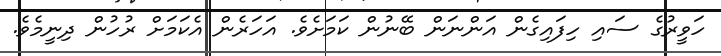
ހަވީރުގެ ސައި ހިފައިގެން އަންނަން ބޭނުން ކަމަށެވެ. އަހަރެން އެކަމަށް ރުހުން ދިނީމެވެ.